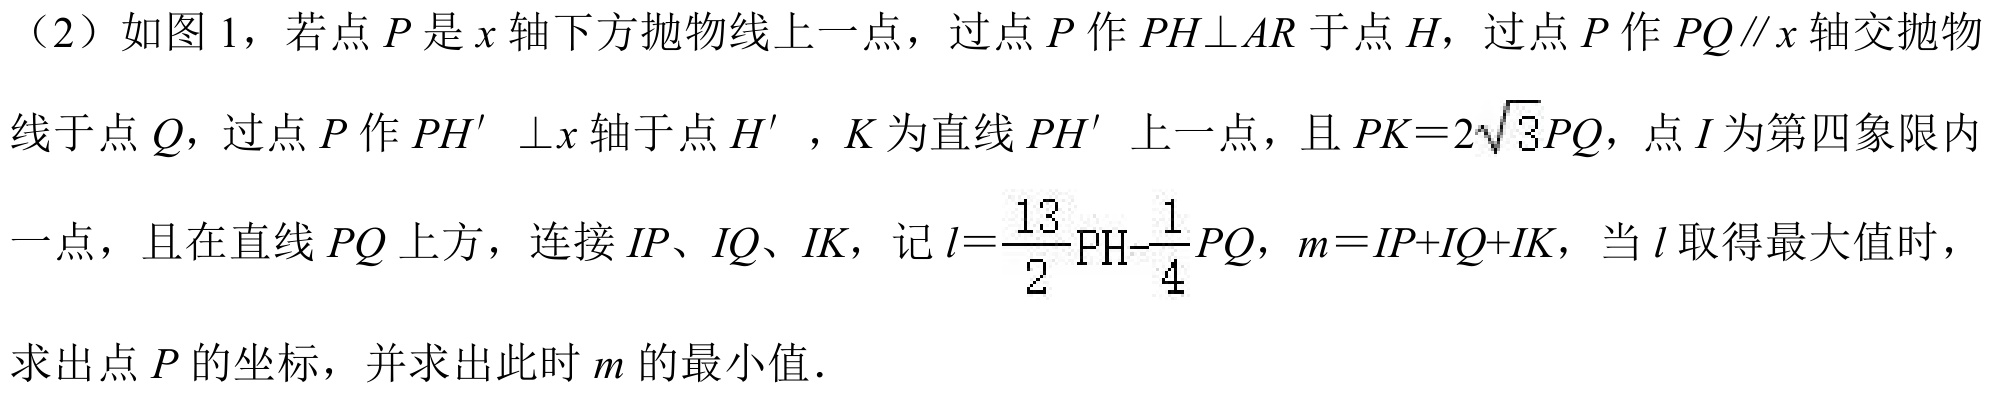
（2）如图 1，若点\(P\)是\(x\)轴下方抛物线上一点，过点\(P\)作\(PH\perp AR\)于点\(H\)，过点\(P\)作\(PQ\parallel x\)轴交抛物线于点\(Q\)，过点\(P\)作\(PH'\perp x\)轴于点\(H'\)，\(K\)为直线\(PH'\)上一点，且\(PK = 2\sqrt{3}PQ\)，点\(I\)为第四象限内一点，且在直线\(PQ\)上方，连接\(IP、IQ、IK\)，记\(l = \frac{13}{2}PH-\frac{1}{4}PQ\)，\(m = IP + IQ+IK\)，当\(l\)取得最大值时，求出点\(P\)的坐标，并求出此时\(m\)的最小值．